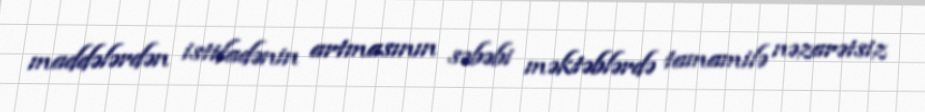
maddələrdən istifadənin artmasının səbəbi məktəblərdə tamamilə nəzarətsiz